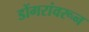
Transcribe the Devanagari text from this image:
डोंगरांवरून